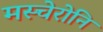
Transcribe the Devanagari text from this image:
मस्चेरोनि